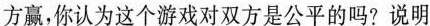
方赢，你认为这个游戏对双方是公平的吗?说明